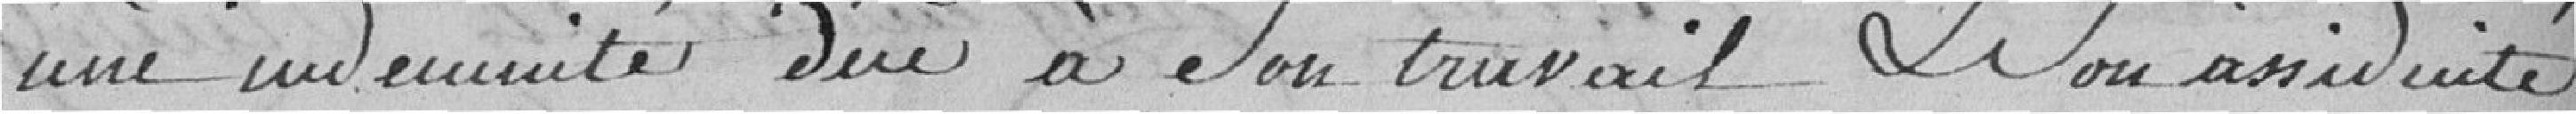
une indemnité due à son travail et son assiduité